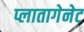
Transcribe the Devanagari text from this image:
प्लातागेनेट